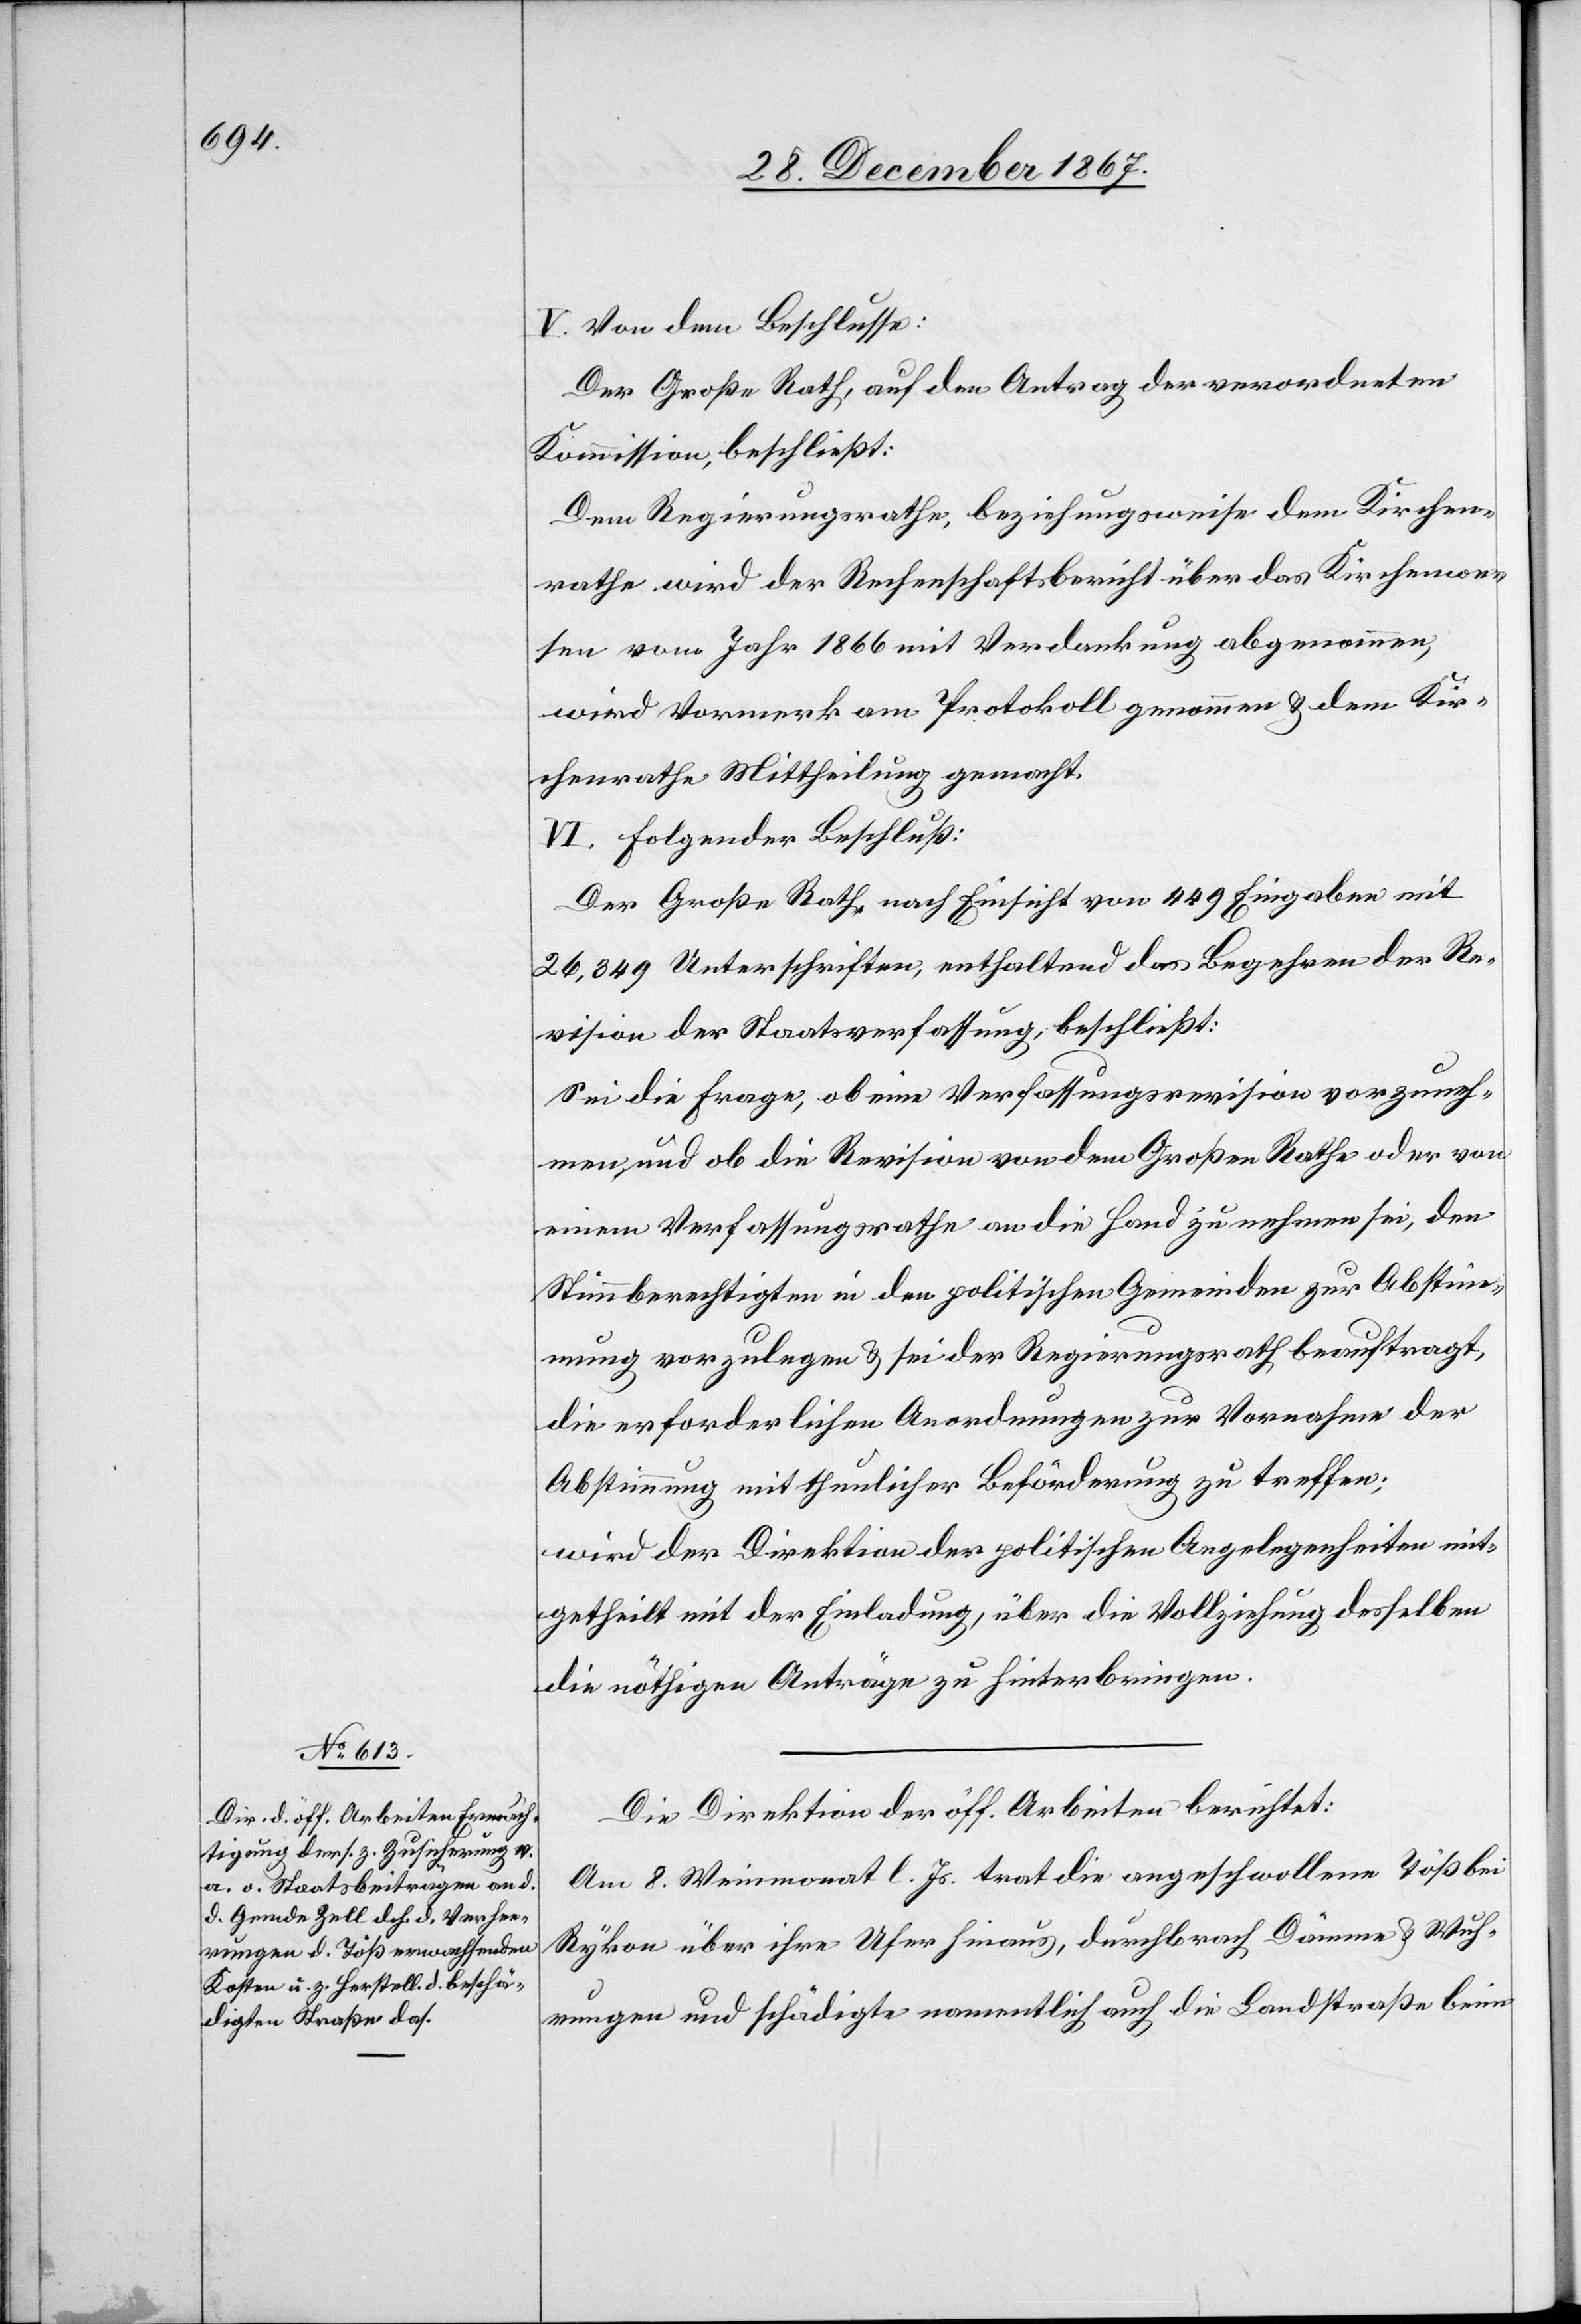
V. Von dem Beschlusse:
Der Große Rath, auf den Antrag der verordneten
Kommission, beschließt:
Dem Regierungsrathe, beziehungsweise dem Kirchen¬
rathe wird der Rechenschaftsbericht über das Kirchenwe¬
sen vom Jahr 1866 mit Verdankung abgenommen,
wird Vormerk am Protokoll genommen u. dem Kir¬
chenrathe Mittheilung gemacht.
VI. Folgender Beschluß:
Der Große Rath, nach Einsicht von 449 Eingaben mit
26 349 Unterschriften, enthaltend das Begehren der Re¬
vision der Staatsverfassung, beschließt:
Sei die Frage, ob eine Verfassungsrevision vorzuneh¬
men, und ob die Revision von dem Großen Rathe oder von
einem Verfassungsrathe an die Hand zu nehmen sei, den
Stimmberechtigten in den politischen Gemeinden zur Abstim¬
mung vorzulegen u. sei der Regierungsrath beauftragt,
die erforderlichen Anordnungen zur Vornahme der
Abstimmung mit thunlicher Beförderung zu treffen;
wird der Direktion der politischen Angelegenheiten mit¬
getheilt mit der Einladung, über die Vollziehung desselben
die nöthigen Anträge zu hinterbringen.
Die Direktion der öff. Arbeiten berichtet:
Am 8. Weinmonat l. Js. trat die angeschwollene Töß bei
Rykon über ihre Ufer hinaus, durchbrach Dämme u. Wuh¬
rungen und schädigte namentlich die Landstraße beim